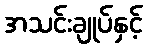
အသင်းချုပ်နှင့်